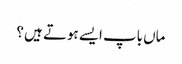
ماں باپ ایسے ہوتے ہیں ؟